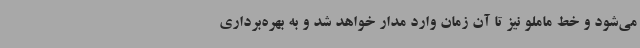
می‌شود و خط ماملو نیز تا آن زمان وارد مدار خواهد شد و به بهره‌برداری